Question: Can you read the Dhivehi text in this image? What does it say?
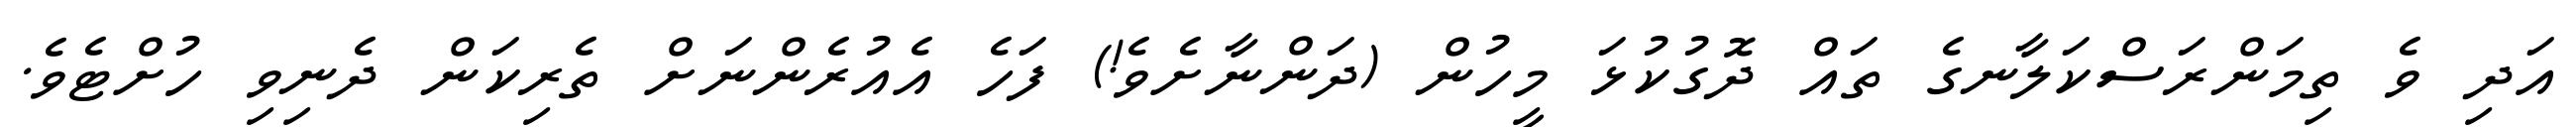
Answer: އަދި ވެ ތިމަންރަސްކަލާނގެ ތައް ދޮގުކުޅަ މީހުން (ދަންނާށެވެ!) ފަހެ އެއުރެންނަށް ތެރިކަން ދެނިވި ހުށްޓެވެ.